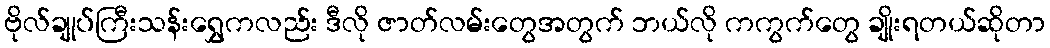
ဗိုလ်ချုပ်ကြီးသန်းရွှေကလည်း ဒီလို ဇာတ်လမ်းတွေအတွက် ဘယ်လို ကကွက်တွေ ချိုးရတယ်ဆိုတာ